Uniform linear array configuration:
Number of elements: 32
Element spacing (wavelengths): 1
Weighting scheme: kaiser
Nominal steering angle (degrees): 30
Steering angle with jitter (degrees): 28.748
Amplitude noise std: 0.05
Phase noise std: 0.05

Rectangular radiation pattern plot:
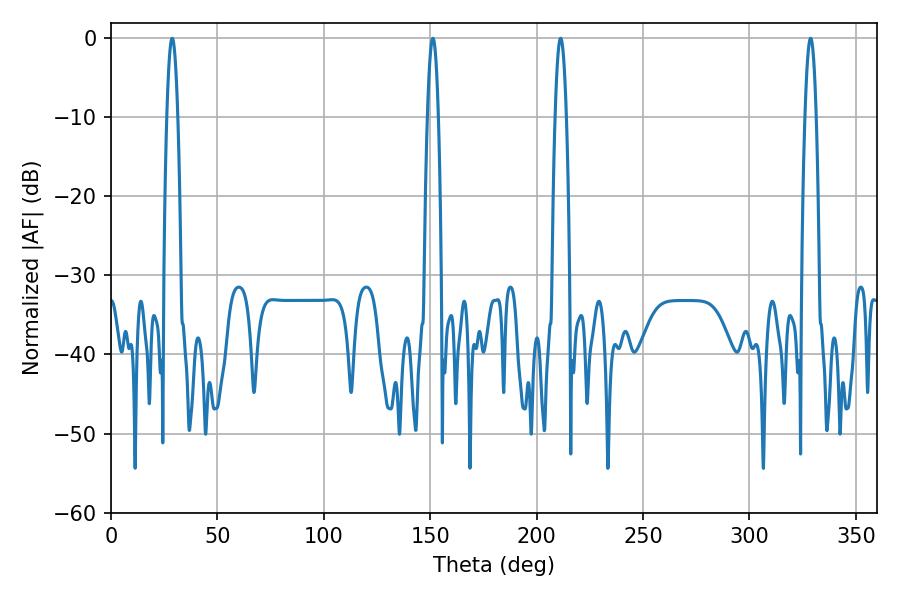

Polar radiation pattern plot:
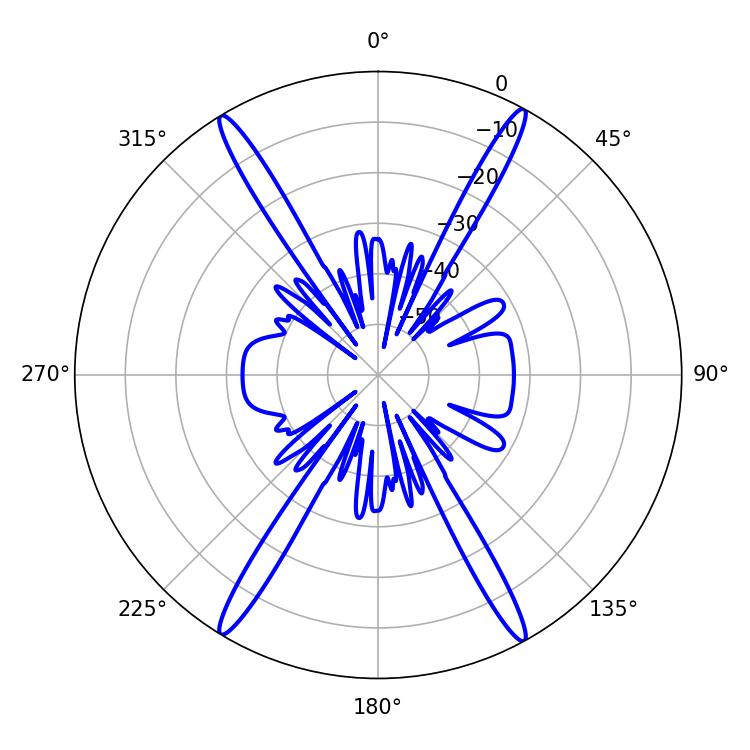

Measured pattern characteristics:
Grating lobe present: TRUE
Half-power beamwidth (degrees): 2.7
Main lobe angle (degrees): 151.2